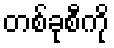
တစ်ခုစီကို